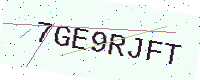
Text: 7GE9RJFT